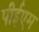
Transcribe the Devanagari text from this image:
पीईएम